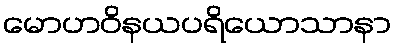
မောဟဝိနယပရိယောသာနာ